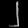
Digit: ၂